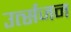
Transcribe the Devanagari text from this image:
उर्त्सजन